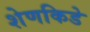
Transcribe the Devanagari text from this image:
शेणकिडे